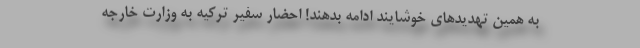
به همین تهدیدهای خوشایند ادامه بدهند! احضار سفیر ترکیه به وزارت خارجه